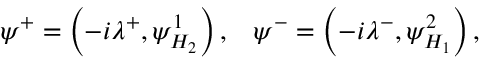
\psi ^ { + } = \left( - i \lambda ^ { + } , \psi _ { H _ { 2 } } ^ { 1 } \right) , \; \; \; \psi ^ { - } = \left( - i \lambda ^ { - } , \psi _ { H _ { 1 } } ^ { 2 } \right) ,